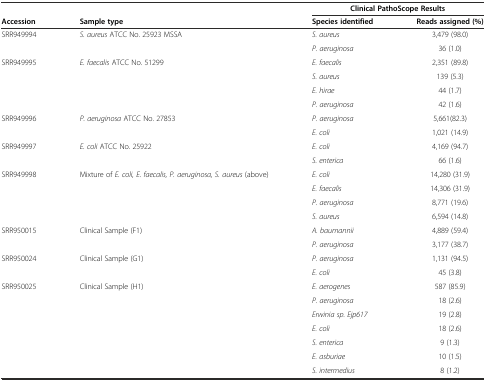
|  |  | <COLSPAN=2> Clinical PathoScope Results |
 | Accession | Sample type | Species identified | Reads assigned (%) |
 | --- | --- | --- | --- |
 | SRR949994 | S. aureus ATCC No. 25923 MSSA | S. aureus | 3,479 (98.0) |
 |  |  | P. aeruginosa | 36 (1.0) |
 | SRR949995 | E. faecalis ATCC No. 51299 | E. faecalis | 2,351 (89.8) |
 |  |  | S. aureus | 139 (5.3) |
 |  |  | E. hirae | 44 (1.7) |
 |  |  | P. aeruginosa | 42 (1.6) |
 | SRR949996 | P. aeruginosa ATCC No. 27853 | P. aeruginosa | 5,661(82.3) |
 |  |  | E. coli | 1,021 (14.9) |
 | SRR949997 | E. coli ATCC No. 25922 | E. coli | 4,169 (94.7) |
 |  |  | S. enterica | 66 (1.6) |
 | SRR949998 | <ROWSPAN=2> Mixture of E. coli, E. faecalis, P. aeruginosa, S. aureus (above) | E. coli | 14,280 (31.9) |
 |  | E. faecalis | 14,306 (31.9) |
 |  |  | P. aeruginosa | 8,771 (19.6) |
 |  |  | S. aureus | 6,594 (14.8) |
 | SRR950015 | Clinical Sample (F1) | A. baumannii | 4,889 (59.4) |
 |  |  | P. aeruginosa | 3,177 (38.7) |
 | SRR950024 | Clinical Sample (G1) | P. aeruginosa | 1,131 (94.5) |
 |  |  | E. coli | 45 (3.8) |
 | SRR950025 | Clinical Sample (H1) | E. aerogenes | 587 (85.9) |
 |  |  | P. aeruginosa | 18 (2.6) |
 |  |  | Erwinia sp. Ejp617 | 19 (2.8) |
 |  |  | E. coli | 18 (2.6) |
 |  |  | S. enterica | 9 (1.3) |
 |  |  | E. asburiae | 10 (1.5) |
 |  |  | S. intermedius | 8 (1.2) |